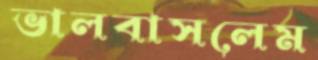
ভালবাসলেম